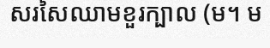
សរសៃឈាមខួរក្បាល (ម។ ម